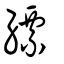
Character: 縹